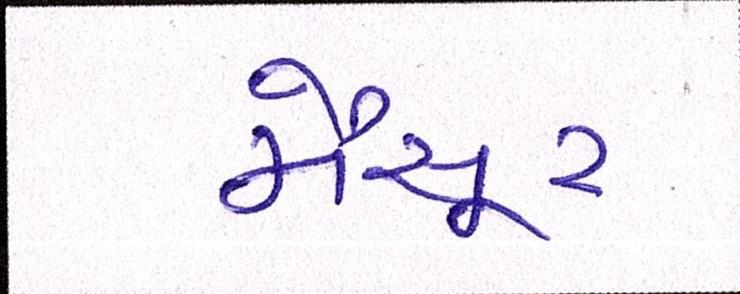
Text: મૈસૂર